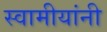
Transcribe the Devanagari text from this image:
स्वामीयांनी